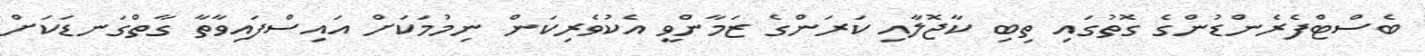
ބެސްޓްފެރެންޑުންގެ ގޮތުގައި ތިބި ކާޖޮލާއި ކަރަންގެ ޒަމާންވީ އެކުވެރިކަން ނިމުމަކަށް އައިސްފައިވާތާ ގާތްގަނޑަކަށް